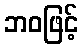
ဘဝဖြင့်